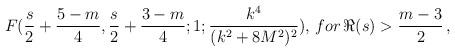
LaTeX: \begin{align*}F(\frac{s}{2}+\frac{5-m}{4},\frac{s}{2}+\frac{3-m}{4};1;\frac{k^4}{(k^2+8M^2)^2}), \,for\,\Re(s)>\frac{m-3}{2}\,, \end{align*}